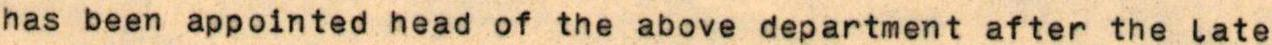
has been appointed head of the above department after the late